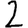
Digit: 2